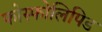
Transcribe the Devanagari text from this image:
फोस्फोलिपिड